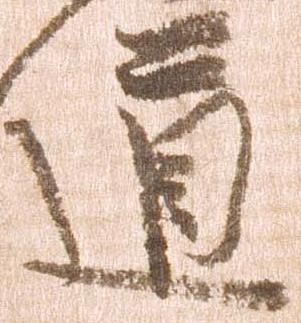
道